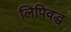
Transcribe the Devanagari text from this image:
लिपिवद्ध